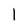
Character: l